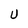
Character: U